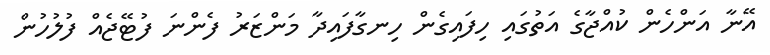
އޭނާ އަންހެން ކުއްޖާގެ އަތުގައި ހިފައިގެން ހިނގާފައިދާ މަންޒަރު ފެންނަ ފުޓޭޖެއް ފުލުހުން